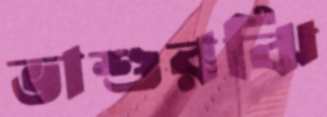
ভাশুরঝি